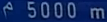
5000 m